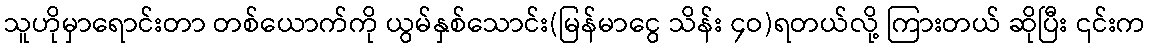
သူဟိုမှာရောင်းတာ တစ်ယောက်ကို ယွမ်နှစ်သောင်း(မြန်မာငွေ သိန်း ၄ဝ)ရတယ်လို့ ကြားတယ် ဆိုပြီး ၎င်းက